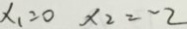
x _ { 1 } = 0 x _ { 2 } = - 2